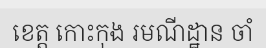
ខេត្ត កោះកុង រមណីដ្ឋាន ចាំ